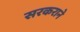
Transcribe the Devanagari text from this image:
सरकराने